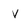
Character: v